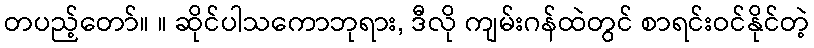
တပည့်တော်။ ။ ဆိုင်ပါသကောဘုရား, ဒီလို ကျမ်းဂန်ထဲတွင် စာရင်းဝင်နိုင်တဲ့